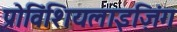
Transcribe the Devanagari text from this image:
प्रोविंशियलाइज़िंग